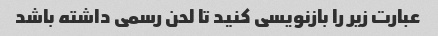
عبارت زیر را بازنویسی کنید تا لحن رسمی داشته باشد